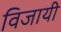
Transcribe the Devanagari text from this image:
विजायी